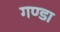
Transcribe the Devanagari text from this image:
गण्डा